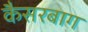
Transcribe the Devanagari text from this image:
कैसरबाग